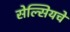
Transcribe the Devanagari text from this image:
सेल्सियचे